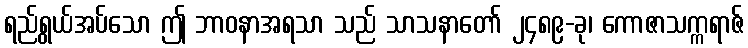
ရည်ရွယ်အပ်သော ဤ ဘာဝနာအရသာ သည် သာသနာတော် ၂၄၈၉-ခု၊ ကောဇာသက္ကရာဇ်